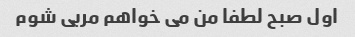
اول صبح لطفا من می خواهم مربی شوم